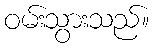
ဝမ်းသွားသည်။